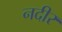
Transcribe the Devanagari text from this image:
नदीर